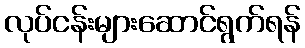
လုပ်ငန်းများဆောင်ရွက်ရန်